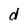
Character: d